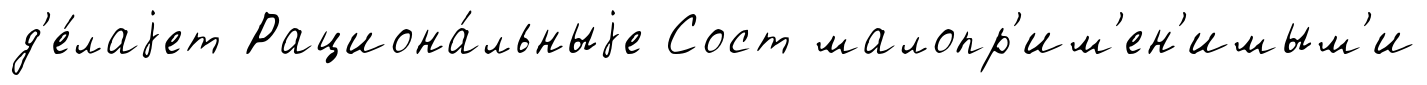
д'е́лаjет Рациона́льныjе Сост малопр'им'ен'имым'и